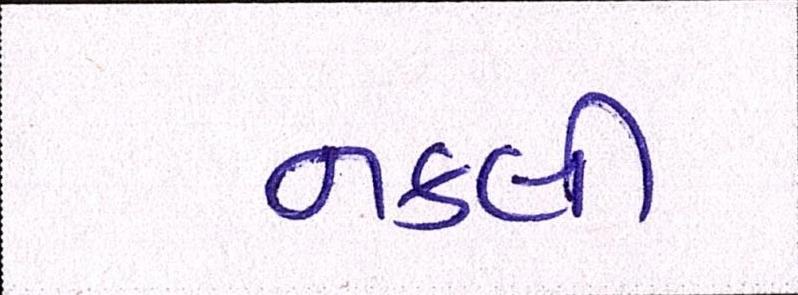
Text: નકલી